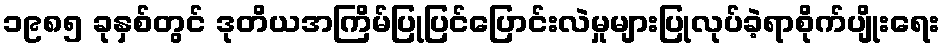
၁၉၈၅ ခုနှစ်တွင် ဒုတိယအကြိမ်ပြုပြင်ပြောင်းလဲမှုများပြုလုပ်ခဲ့ရာစိုက်ပျိုးရေး